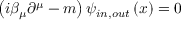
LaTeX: \left( i \beta _ { \mu } \partial ^ { \mu } - m \right) \psi _ { i n , o u t } \left( x \right) = 0